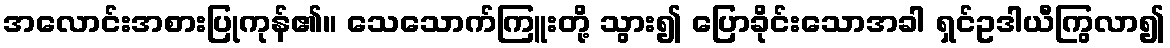
အလောင်းအစားပြုကုန်၏။ သေသောက်ကြူးတို့ သွား၍ ပြောခိုင်းသောအခါ ရှင်ဥဒါယီကြွလာ၍